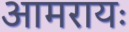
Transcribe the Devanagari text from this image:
आमरायः